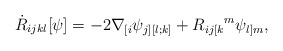
\begin{align*}\dot{R}_{ijkl}[\psi]= -2 \nabla_{[i} \psi_{j][l;k]} + R_{ij[k}{}^m \psi_{l]m},\end{align*}